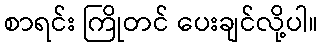
စာရင်း ကြိုတင် ပေးချင်လို့ပါ။